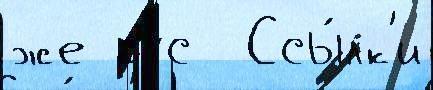
же рус  Ссы́лк'и